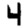
Digit: 4